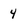
Character: 4